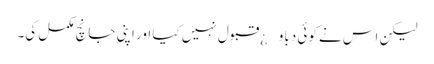
لیکن اس نے کوئی دباو¿ قبول نہیں کیا اور اپنی جانچ مکمل کی۔